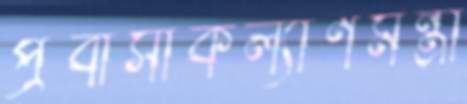
প্রবাসীকল্যাণমন্ত্রী